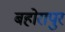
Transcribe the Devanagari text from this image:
बहोरापुर